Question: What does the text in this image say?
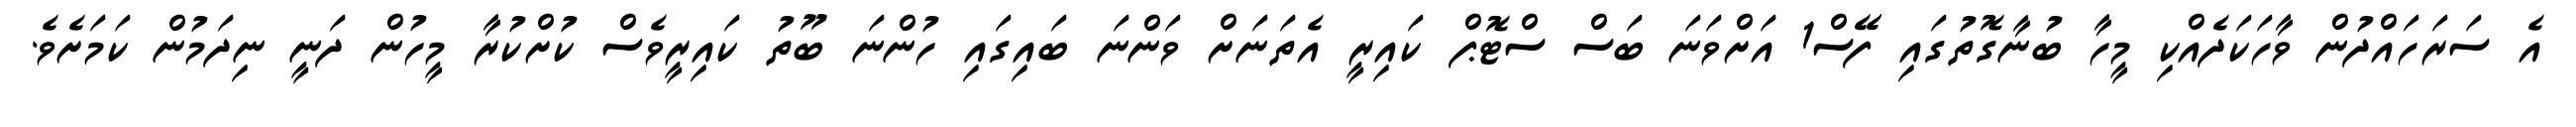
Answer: އެ ސަރަހައްދުން ވާހަކަދެއްކި މީހާ ބުނާގޮތުގައި ފޭސް1 އަށްވަނަ ބަސް ސްޓޮޕް ކައިރީ އެތަނަށް ވަންނަ ބައިގައި ހުންނަ ބޫތު ކައިރީވެސް ކުށްކުރާ މީހުން ދަނީ ނިދަމުން ކަމަށެވެ.